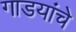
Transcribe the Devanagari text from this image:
गाडयांचे